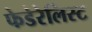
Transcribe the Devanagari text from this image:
फेडेरेलिस्ट